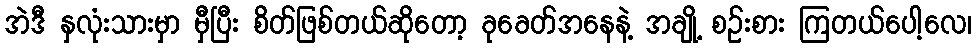
အဲဒီ နှလုံးသားမှာ မှီပြီး စိတ်ဖြစ်တယ်ဆိုတော့ ခုခေတ်အနေနဲ့ အချို့ စဉ်းစား ကြတယ်ပေါ့လေ၊